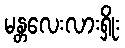
မန္တလေးလားရှိုး